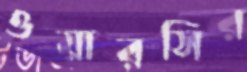
ওয়ারসির